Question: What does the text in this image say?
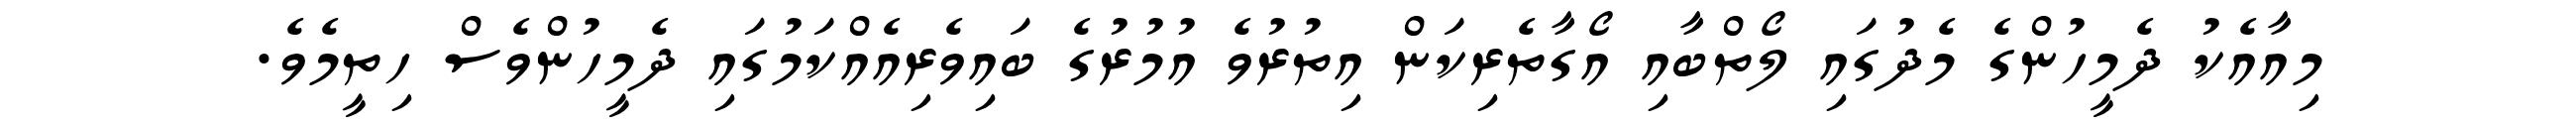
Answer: މިއާއެކު ދެމީހުންގެ މެދުގައި ލޯތްބާއި އޯގާތެރިކަން އިތުރުވެ އުމުރުގެ ބައިވެރިއެއްކަމުގައި ދެމީހުންވެސް ހިތީމެވެ.